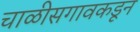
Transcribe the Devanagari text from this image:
चाळीसगावकडून